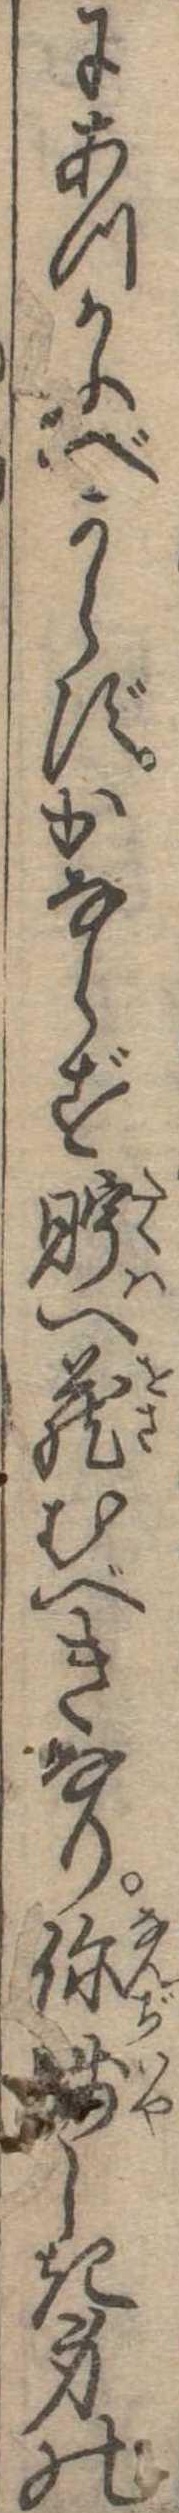
にあつかふべからずかならず貯へ蔵むべきなり賎しき身の